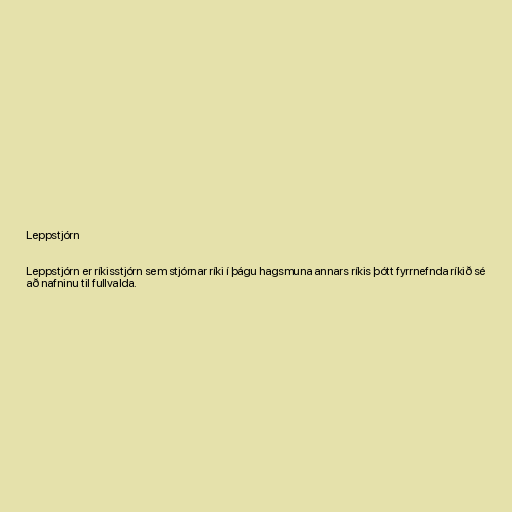
Leppstjórn

Leppstjórn er ríkisstjórn sem stjórnar ríki í þágu hagsmuna annars ríkis þótt fyrrnefnda ríkið sé
að nafninu til fullvalda.